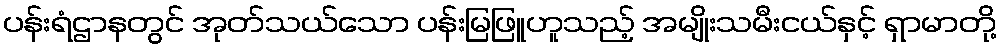
ပန်းရံဌာနတွင် အုတ်သယ်သော ပန်းမြဖြူဟူသည့် အမျိုးသမီးငယ်နှင့် ရှာမာတို့